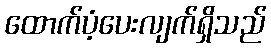
ထောက်ပံ့ပေးလျက်ရှိသည်